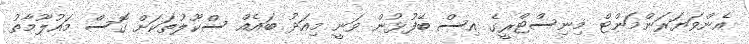
އެންވަޔަރަންމަންޓް މިނިސްޓްރީގެ އިސް ބޭފުޅުން ވަނީ މިއަދު ބައެއް ސްކޫލުތަކަށް ގޮސް މައުލޫމާތު